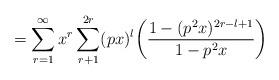
LaTeX: \begin{align*}= \sum_{r=1}^{\infty}x^r \sum_{r+1}^{2r}(px)^l \bigg(\frac{1-(p^2x)^{2r-l+1}}{1-p^2x}\bigg)\end{align*}